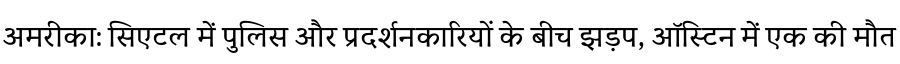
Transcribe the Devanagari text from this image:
अमरीका: सिएटल में पुलिस और प्रदर्शनकारियों के बीच झड़प, ऑस्टिन में एक की मौत